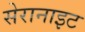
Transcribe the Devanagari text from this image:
सेरानाइट